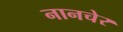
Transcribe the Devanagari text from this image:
नानचेर